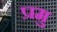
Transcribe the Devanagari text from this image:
प्रमु